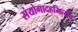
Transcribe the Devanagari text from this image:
संयोगादहमित्येव